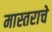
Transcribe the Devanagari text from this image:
मास्तराचे